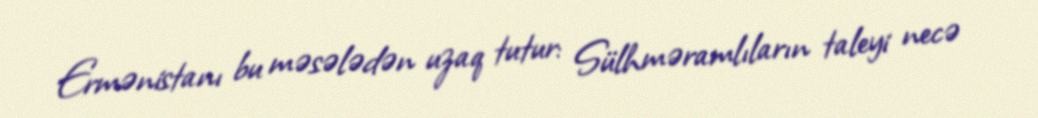
Ermənistanı bu məsələdən uzaq tutur: Sülhməramlıların taleyi necə